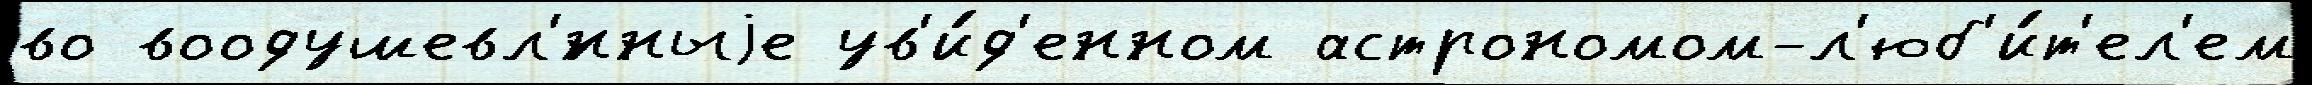
во воодушевл'́нныjе ув'и́д'енном астрономом-л'юб'и́т'ел'ем